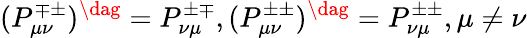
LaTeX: (P_{\mu\nu}^{\mp\pm})^{\dag}=P_{\nu\mu}^{\pm\mp},(P_{\mu\nu}^{\pm\pm})^{\dag}=P_{\nu\mu}^{\pm\pm},\mu\neq\nu